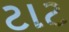
ટાટ